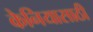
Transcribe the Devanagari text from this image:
केनियासाठी